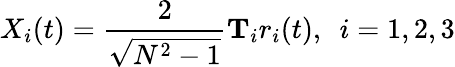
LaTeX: X_{i}(t)=\frac{2}{\sqrt{N^{2}-1}}\mathbf{T}_{i}r_{i}(t),\ \ i=1,2,3